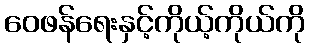
ဝေဖန်ရေးနှင့်ကိုယ့်ကိုယ်ကို